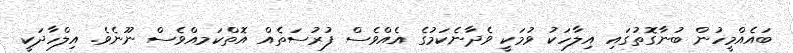
ބައެއްމީހުން ބުނާގޮތުގައި އިލާހަކު ވުމަކީ ވެދާނެކަމުގެ އެއްވެސް ފުރުސަތެއް އޮތްކަމއްވެސް ނޫނެވެ. އިލްހާދަކީ